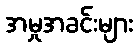
အမှုအခင်းများ